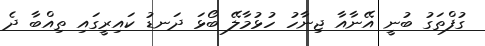
ގުފްތަގު ބުނީ އޭނާއާ ޖިނާހު ހުޅުމާލޭ ބޯޅަ ދަނޑު ކައިރީގައި ތިއްބާ ދެ